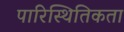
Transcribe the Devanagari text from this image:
पारिस्थितिकता